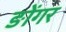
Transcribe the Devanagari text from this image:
ङोंगर